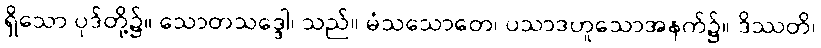
ရှိသော ပုဒ်တို့၌။ သောတသဒ္ဒေါ၊ သည်။ မံသသောတေ၊ ပသာဒဟူသောအနက်၌။ ဒိဿတိ၊